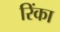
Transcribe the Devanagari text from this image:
रिंका